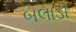
બલાડી